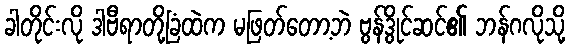
ခါတိုင်းလို ဒါဗီရာတို့ခြံထဲက မဖြတ်တော့ဘဲ ဗွန်ဒွိုင်ဆင်၏ ဘန်ဂလိုသို့